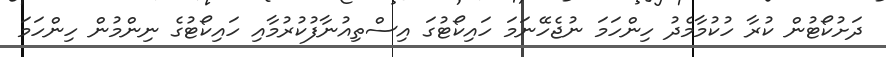
ދަށުކޯޓުން ކުރާ ހުކުމާމެދު ހިންހަމަ ނުޖެހޭނަމަ ހައިކޯޓުގަ އިސްތިއުނާފުކުރުމާއި ހައިކޯޓުގެ ނިންމުން ހިންހަމަ